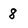
Character: 8